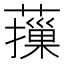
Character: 𦾱